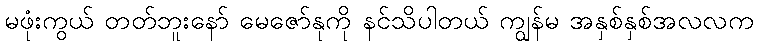
မဖုံးကွယ် တတ်ဘူးနော် မေဇော်နုကို နင်သိပါတယ် ကျွန်မ အနှစ်နှစ်အလလက